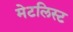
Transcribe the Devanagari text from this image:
मेटलिस्ट